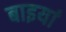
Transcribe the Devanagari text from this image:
बाइयां